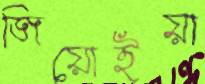
জিয়োইয়া